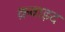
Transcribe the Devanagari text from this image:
क़वाइद